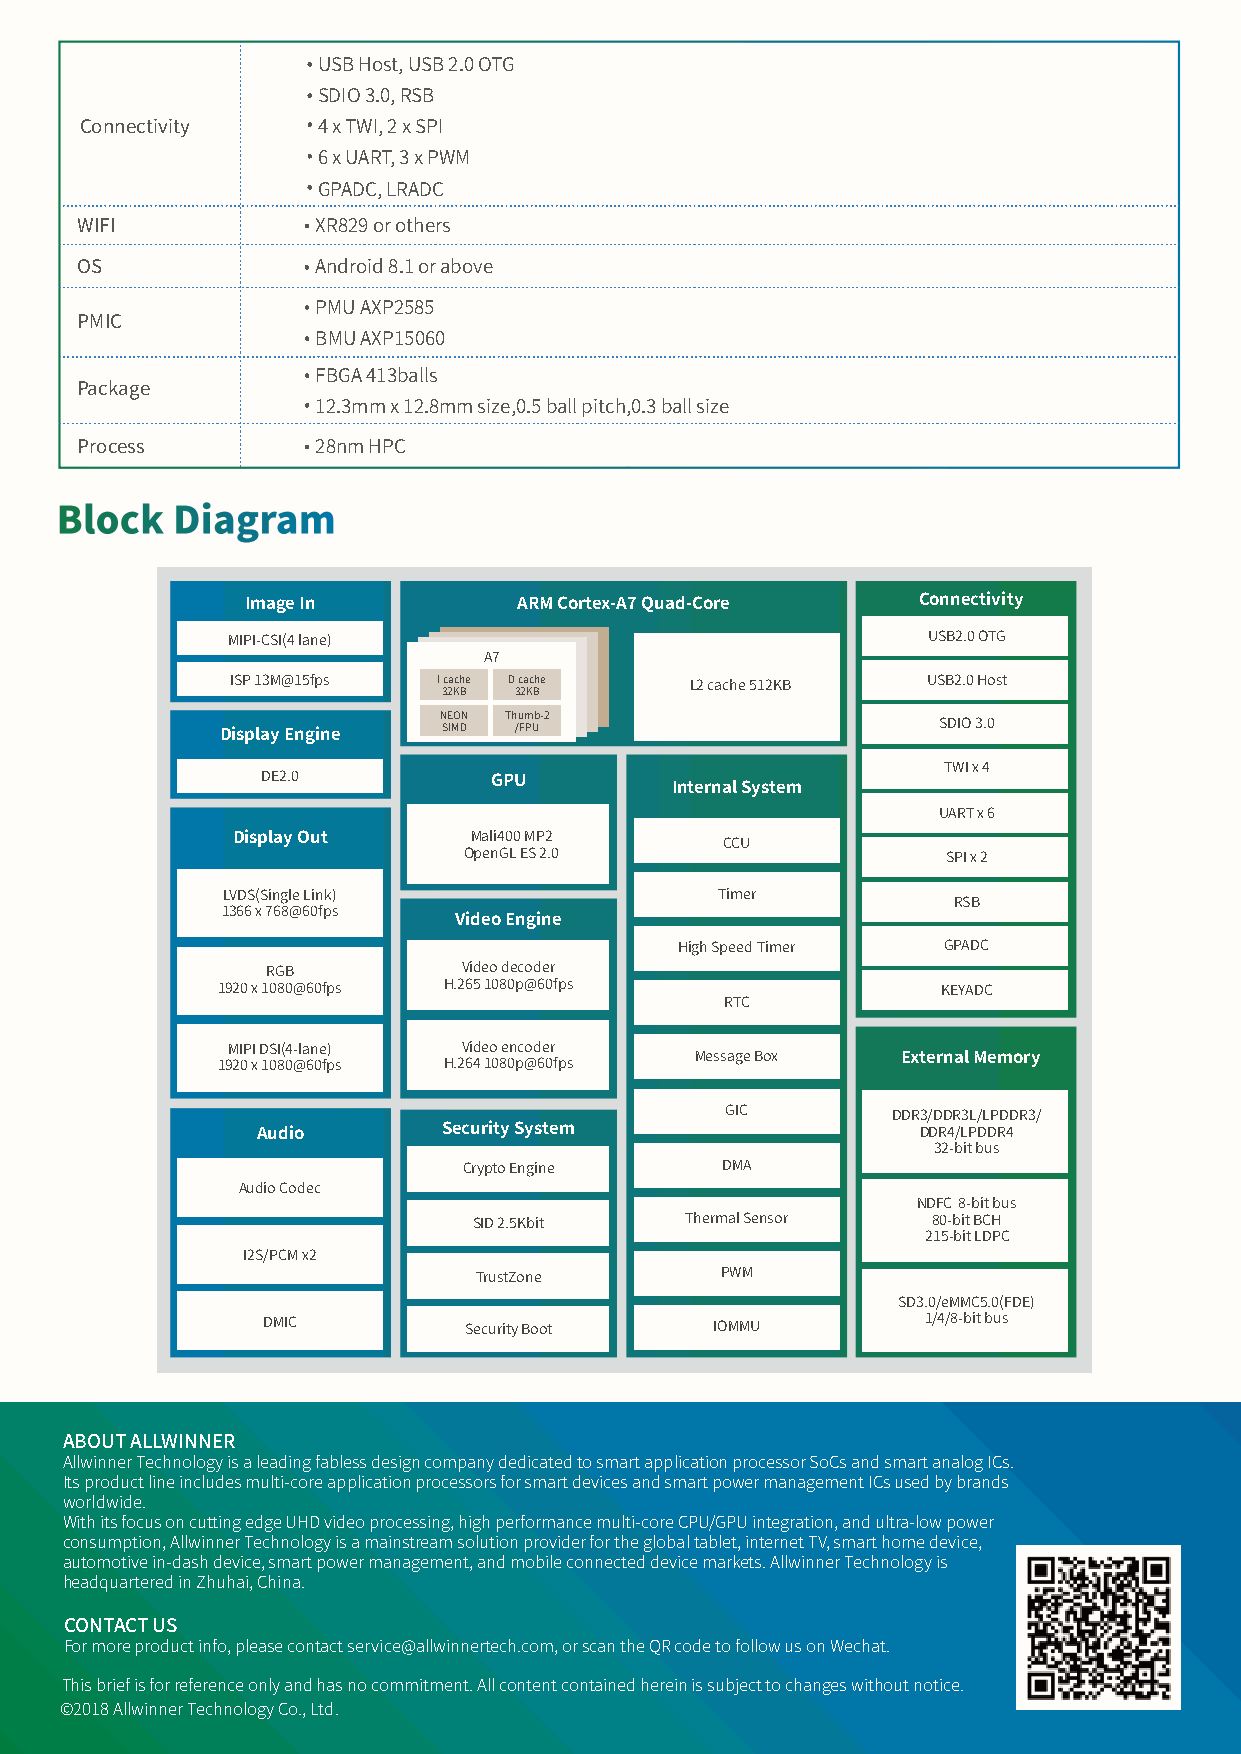
USB Host, USB 2.0 OTG
 SDIO 3.0, RSB
 Connectivity    4 x TWI, 2 x SPI
 6 x UART, 3 x PWM
 GPADC, LRADC
 WIFI            XR829 or others
 OS              Android 8.1 or above
 PMU AXP2585
 PMIC
 BMU AXP15060
 FBGA 413balls
 Package
 12.3mm x 12.8mm size,0.5 ball pitch,0.3 ball size
 Process         28nm HPC
 Image In          ARM Cortex-A7 Quad-Core    Connectivity
 MIPI-CSI(4 lane)                              USB2.0 OTG
 A7
 ISP 13M@15fps I 3c 2a Kch Be D 3 c 2a Kc Bhe L2 cache 512KB USB2.0 Host
 NEON Thumb-2
 SIMD /FPU                        SDIO 3.0
 Display Engine
 TWI x 4
 DE2.0          GPU
 Internal System
 UART x 6
 Display Out     Mali400 MP2      CCU
 OpenGL ES 2.0                   SPI x 2
 LVDS(Single Link)               Timer
 RSB
 1366 x 768@60fps
 Video Engine
 High Speed Timer GPADC
 RGB          Video decoder
 1920 x 1080@60fps H.265 1080p@60fps             KEYADC
 RTC
 MIPI DSI(4-lane) Video encoder
 1920 x 1080@60fps H.264 1080p@60fps Message Box External Memory
 GIC        DDR3/DDR3L/LPDDR3/
 Audio       Security System                 DDR4/LPDDR4
 32-bit bus
 Crypto Engine    DMA
 Audio Codec
 NDFC 8-bit bus
 SID 2.5Kbit   Thermal Sensor   80-bit BCH
 215-bit LDPC
 I2S/PCM x2
 TrustZone        PWM
 SD3.0/eMMC5.0(FDE)
 DMIC          Security Boot   IOMMU         1/4/8-bit bus
 ABOUT ALLWINNER
 Allwinner Technology is a leading fabless design company dedicated to smart application processor SoCs and smart analog ICs.
 Its product line includes multi-core application processors for smart devices and smart power management ICs used by brands
 worldwide.
 With its focus on cutting edge UHD video processing, high performance multi-core CPU/GPU integration, and ultra-low power
 consumption, Allwinner Technology is a mainstream solution provider for the global tablet, internet TV, smart home device,
 automotive in-dash device, smart power management, and mobile connected device markets. Allwinner Technology is
 headquartered in Zhuhai, China.
 CONTACT US
 For more product info, please contact service@allwinnertech.com, or scan the QR code to follow us on Wechat.
 This brief is for reference only and has no commitment. All content contained herein is subject to changes without notice.
 ©2018 Allwinner Technology Co., Ltd.